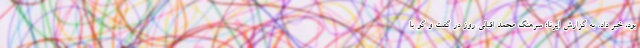
بود، خبر داد. به گزارش ایرنا؛ سرهنگ محمد اقبالی روز در گفت و گو با